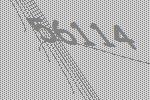
56114